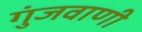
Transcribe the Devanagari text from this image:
गुंजवाणी